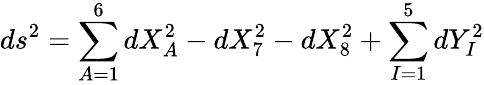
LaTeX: ds^{2}=\sum_{A=1}^{6}dX_{A}^{2}-dX_{7}^{2}-dX_{8}^{2}+\sum_{I=1}^{5}dY_{I}^{2}